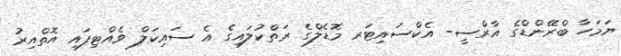
ޔަމަހާ ބްރޭންޑްގެ އާރްސީ- އެކްސައިޓަރ މޮޑެލްގެ ރަތްކުލައިގެ އެ ސައިކަލް ވެއްޓިފައި އޮތްއިރު